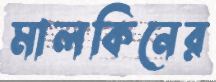
মালকিনের